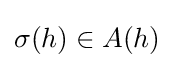
\sigma (h)\in A(h)